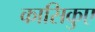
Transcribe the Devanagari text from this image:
कासिकुए